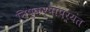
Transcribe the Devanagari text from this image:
निष्कर्षांपर्यंत